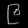
Digit: ၉